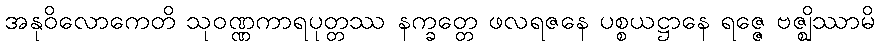
အနုဝိလောကေတိ သုဝဏ္ဏကာရပုတ္တဿ နက္ခတ္တေ ဖလရဇနေ ပစ္စယဋ္ဌာနေ ရဇ္ဇေ ဗဇ္ဈိဿာမိ